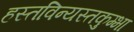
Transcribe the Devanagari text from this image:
हस्तविन्यस्तकुम्भा